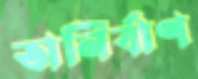
অনির্বাণ